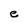
Character: e